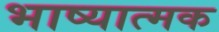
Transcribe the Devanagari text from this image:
भाष्यात्मक